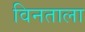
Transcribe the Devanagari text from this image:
विनताला